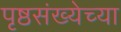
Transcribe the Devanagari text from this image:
पृष्ठसंख्येच्या